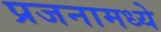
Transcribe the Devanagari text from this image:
प्रजनामध्ये